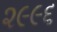
૨૯૯૬